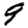
Digit: 9